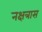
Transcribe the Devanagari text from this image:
नक्षत्रास